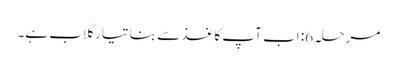
مرحلہ 6: اب آپ کاغذ سے بنا تیار گلاب ہے۔